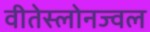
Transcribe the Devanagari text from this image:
वीतेस्लोनज्वल